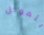
بتمويل